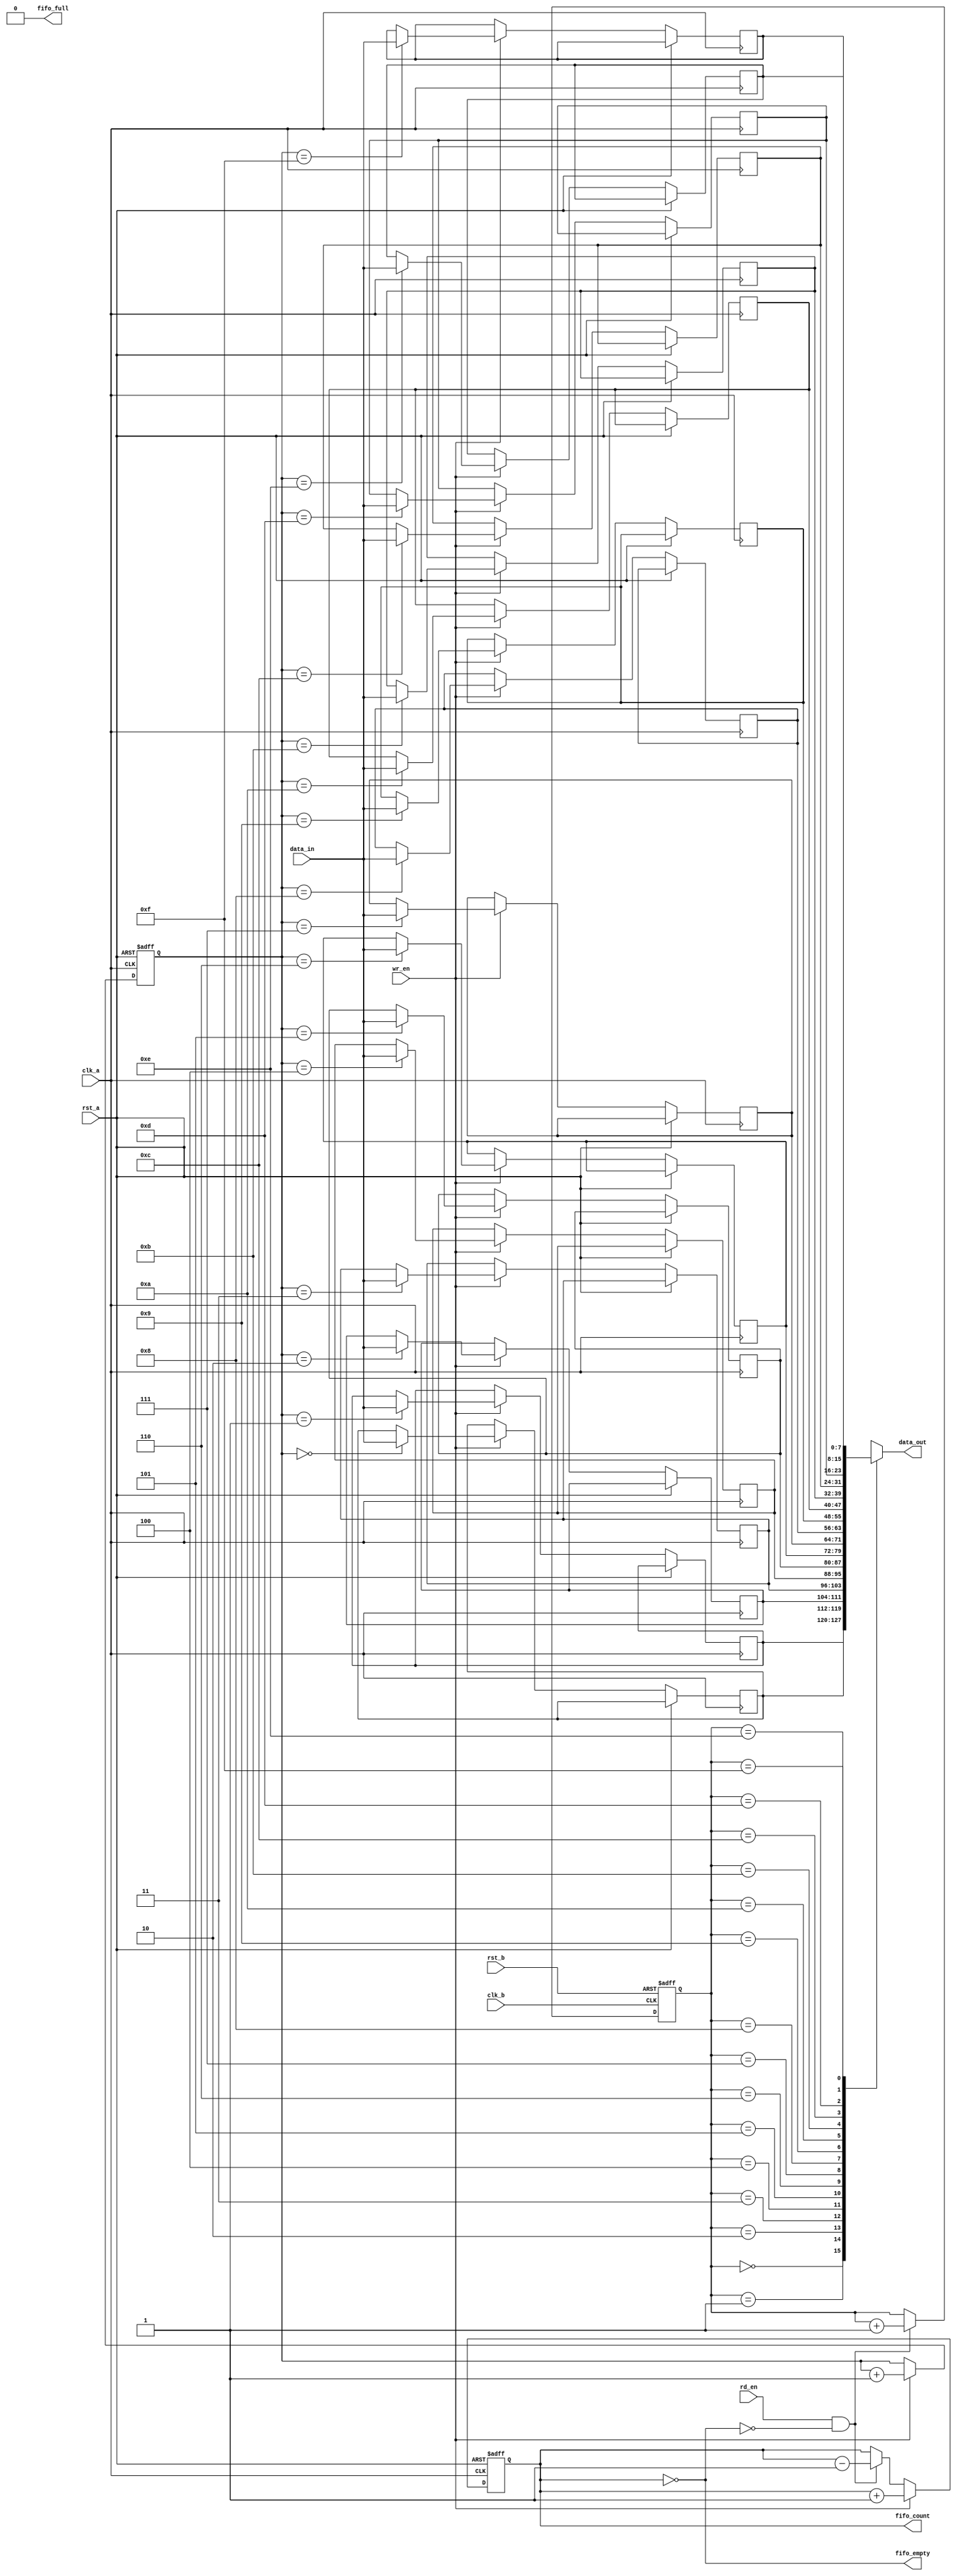
module fifo_sync #(
    parameter DATA_WIDTH = 8,
    parameter FIFO_DEPTH = 16
)(
    input  wire        clk_a,       // Source Clock Domain
    input  wire        clk_b,       // Destination Clock Domain
    input  wire        rst_a,       // Asynchronous reset for Clock Domain A
    input  wire        rst_b,       // Asynchronous reset for Clock Domain B
    input  wire [DATA_WIDTH-1:0] data_in,  // Data input to the FIFO
    input  wire        wr_en,       // Write enable signal
    input  wire        rd_en,       // Read enable signal
    output wire [DATA_WIDTH-1:0] data_out, // Data output from FIFO
    output wire        fifo_full,   // Flag indicating FIFO is full
    output wire        fifo_empty,  // Flag indicating FIFO is empty
    output wire [3:0]  fifo_count   // Count of items in FIFO
);

    // Define the FIFO memory
    reg [DATA_WIDTH-1:0] fifo_mem[FIFO_DEPTH-1:0];
    reg [3:0] write_pointer, read_pointer;
    reg [3:0] count;

    // Write Logic in clock domain A
    always @(posedge clk_a or posedge rst_a) begin
        if (rst_a) begin
            write_pointer <= 4'd0;
        end else if (wr_en && !fifo_full) begin
            fifo_mem[write_pointer] <= data_in;
            write_pointer <= write_pointer + 1;
        end
    end

    // Read Logic in clock domain B
    assign data_out = fifo_mem[read_pointer]; // Output data
    always @(posedge clk_b or posedge rst_b) begin
        if (rst_b) begin
            read_pointer <= 4'd0;
        end else if (rd_en && !fifo_empty) begin
            read_pointer <= read_pointer + 1;
        end
    end

    // Count Logic
    always @(posedge clk_a or posedge rst_a) begin
        if (rst_a) begin
            count <= 4'd0;
        end else if (wr_en && !fifo_full) begin
            count <= count + 1;
        end else if (rd_en && !fifo_empty) begin
            count <= count - 1;
        end
    end

    // FIFO Full and Empty Logic
    assign fifo_full = (count == FIFO_DEPTH);
    assign fifo_empty = (count == 4'd0);
    assign fifo_count = count;

endmodule